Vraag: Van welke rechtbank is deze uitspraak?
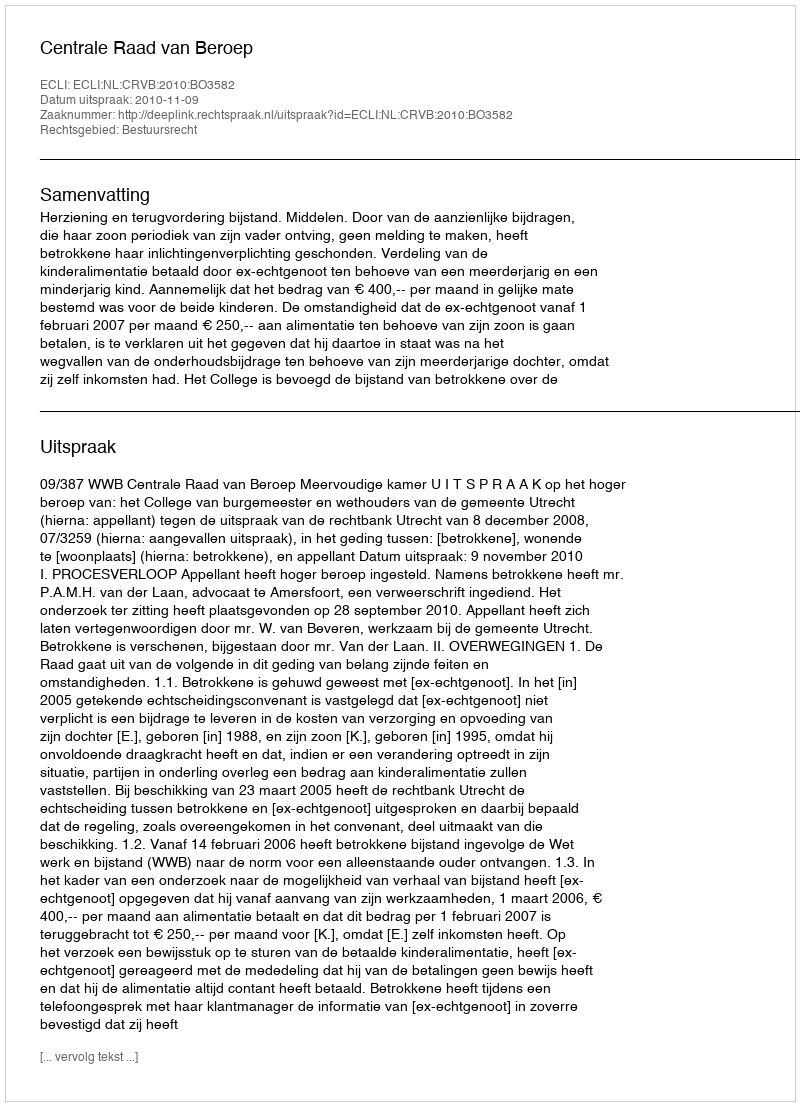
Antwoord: Centrale Raad van Beroep